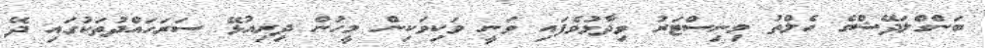
ބަންގްލަދޭޝްގެ ހެލްތު މިނިސްޓަރު ވިދާޅުވެފައި ވަނީ ވަކިވަކިން މީހުން ދިރިއުޅޭ ސަރަހައްދުތަކުގައި ދޭ